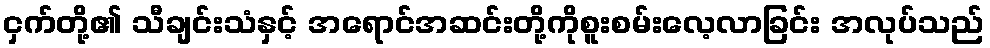
ငှက်တို့၏ သီချင်းသံနှင့် အရောင်အဆင်းတို့ကိုစူးစမ်းလေ့လာခြင်း အလုပ်သည်